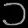
Digit: ၁